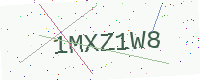
Text: 1MXZ1W8